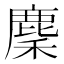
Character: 麇